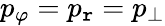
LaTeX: p_{\varphi}=p_{\mathtt{r}}=p_{\perp}